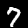
Label: 7